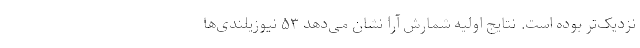
نزدیک‌تر بوده است. نتایج اولیه شمارش آرا نشان می‌دهد ۵۳ نیوزیلندی‌ها